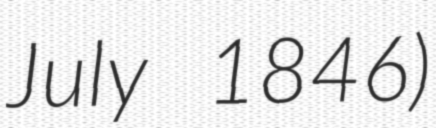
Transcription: July 1846)